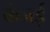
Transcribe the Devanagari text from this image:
कंजई